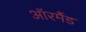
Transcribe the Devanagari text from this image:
ऑरमैंड